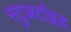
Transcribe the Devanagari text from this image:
स्टुअर्टाइड